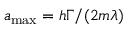
a _ { \mathrm { { m a x } } } = h \Gamma / ( 2 m \lambda )